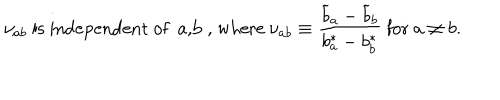
LaTeX: \nu _ { a b } ~ { \mathrm { i s ~ i n d e p e n d e n t ~ o f ~ a , b ~ , ~ w h e r e } } ~ \nu _ { a b } \equiv { \frac { { \widetilde b } _ { a } - { \widetilde b } _ { b } } { b _ { a } ^ { * } - b _ { b } ^ { * } } } ~ { \mathrm { f o r } } ~ a \not = b .